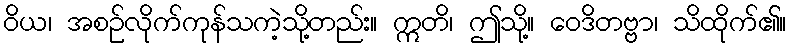
ဝိယ၊ အစဉ်လိုက်ကုန်သကဲ့သို့တည်း။ ဣတိ၊ ဤသို့။ ဝေဒိတဗ္ဗာ၊ သိထိုက်၏။